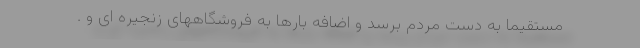
مستقیما به دست مردم برسد و اضافه بارها به فروشگاههای زنجیره ای و .